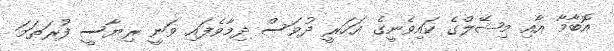
އޮބާމާ އާއި މިޝޭލްގެ ކައިވެނީގެ އަހަރީ ދުވަސް ދިމާވެފައި ވަނީ ރިޔާސީ ފުރަތަމަ